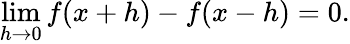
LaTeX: \operatorname*{lim}_{h\to 0}f(x+h)-f(x-h)=0.